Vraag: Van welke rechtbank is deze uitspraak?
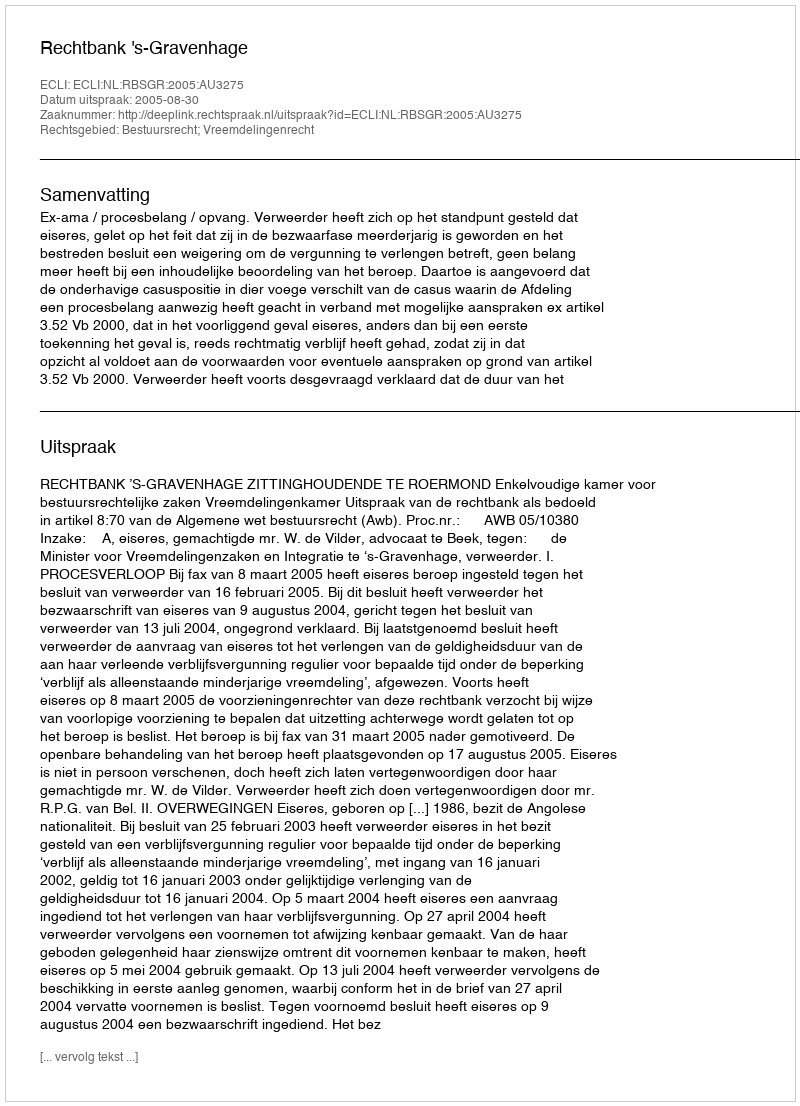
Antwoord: Rechtbank 's-Gravenhage